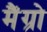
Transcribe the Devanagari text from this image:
मैंग्रो